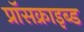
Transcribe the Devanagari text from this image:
प्रॉसक्राइब्ड